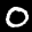
Label: 0